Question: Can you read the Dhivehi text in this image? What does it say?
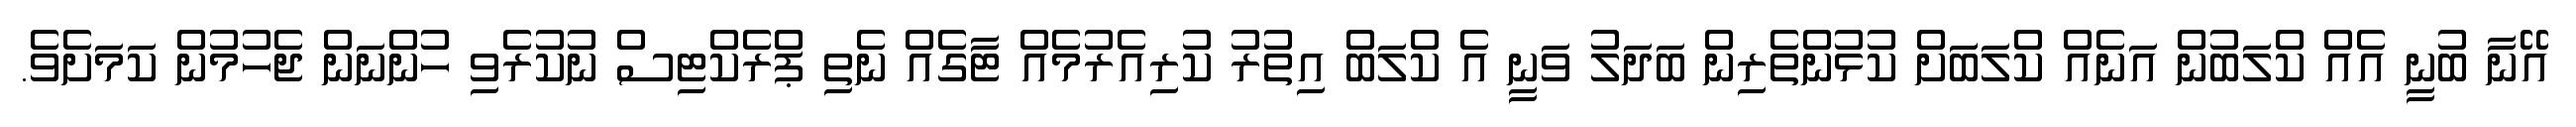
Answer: އޭނާ ބުނީ އެއް ކްލަބުން އަނެއް ކްލަބަަށް ކުޅުންތެރިން ބަދަލު ވަނީ އެ ކްލަބް އިތުރު ކުރިއެރުމެއް ޓާގެއް ނެތި ޕްރެކްޓިސް ނުކުރެވި ހުންނަން ޖެހުމުން ކަމަށެވެ.